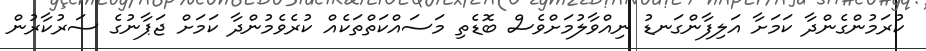
ކުރަމުންގެންދާ ކަމަށާ އަލިފާންގަނޑު ނިއްވާލުމަށްވެސް ބޮޑެތި މަސައްކަތްތަކެއް ކުރެވެމުންދާ ކަމަށް ޖަޕާނުގެ ސަރުކާރުން